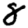
Digit: 8